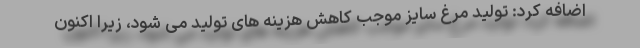
اضافه کرد: تولید مرغ سایز موجب کاهش هزینه های تولید می شود، زیرا اکنون